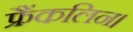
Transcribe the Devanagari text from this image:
फ्रैंकलिन।